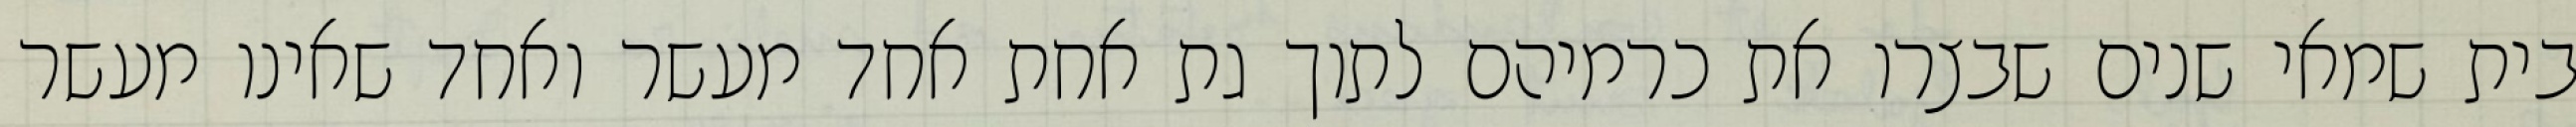
בית שמאי שנים שבצרו את כרמיהם לתוך גת אחת אחד מעשר ואחד שאינו מעשר